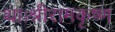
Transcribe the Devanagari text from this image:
था।श्रीरामकृष्ण